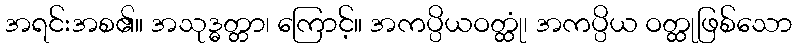
အရင်းအစ၏။ အသုဒ္ဓတ္တာ၊ ကြောင့်။ အကပ္ပိယဝတ္ထုံ၊ အကပ္ပိယ ဝတ္ထုဖြစ်သော